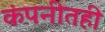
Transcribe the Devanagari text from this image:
कंपनीतही